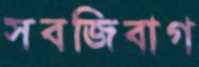
সবজিবাগ